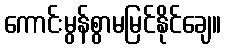
ကောင်းမွန်စွာမမြင်နိုင်ချေ။